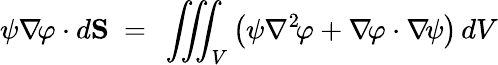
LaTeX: \psi\nabla\! \varphi\cdot d\mathbf{S}\ =\ \iiint_{V}\left(\psi\nabla^{2}\! \varphi+\nabla\! \varphi\cdot\nabla\! \psi\right)\, dV